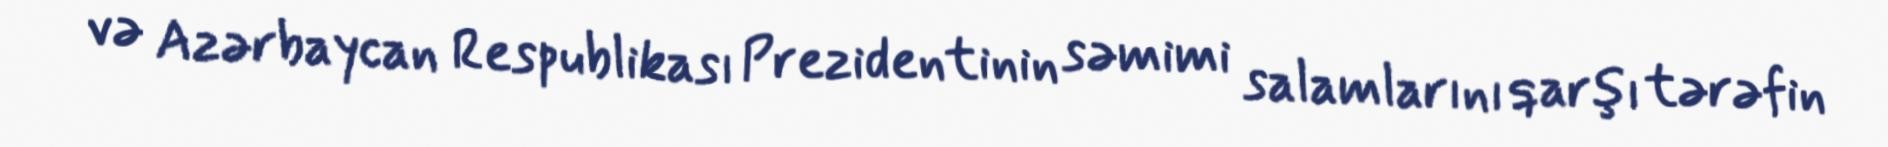
və Azərbaycan Respublikası Prezidentinin səmimi salamlarını qarşı tərəfin